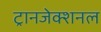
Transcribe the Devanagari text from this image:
ट्रानजेक्शनल